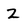
Character: Z